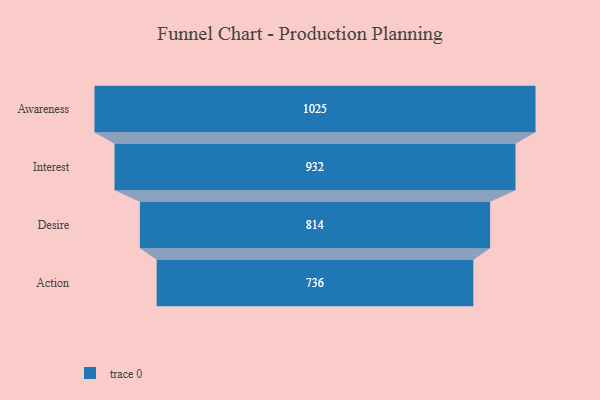
{"axis": {"x": "Stage", "y": "Value"}, "legend": [""], "data": [{"x": "Awareness", "y": 1025.0, "type": ""}, {"x": "Interest", "y": 932.0, "type": ""}, {"x": "Desire", "y": 814.0, "type": ""}, {"x": "Action", "y": 736.0, "type": ""}]}